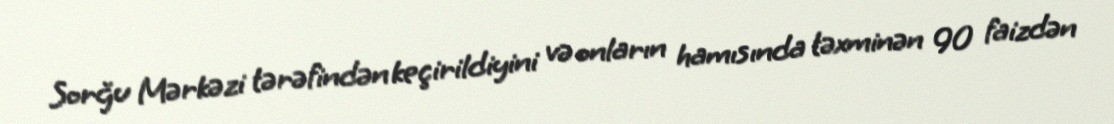
Sorğu Mərkəzi tərəfindən keçirildiyini və onların hamısında təxminən 90 faizdən